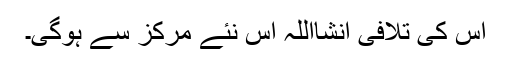
اس کی تلافی انشااللہ اس نئے مرکز سے ہوگی۔